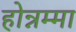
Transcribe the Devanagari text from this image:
होन्नम्मा